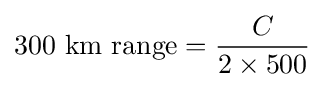
{\text{300 km range}}={\frac {C}{2\times 500}}